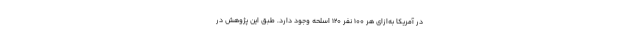
در آمریکا به‌ازای هر ۱۰۰ نفر ۱۲۰ اسلحه وجود دارد. طبق این پژوهش در